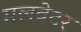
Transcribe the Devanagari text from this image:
मलवेटर